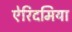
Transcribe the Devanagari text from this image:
ऐरिदमिया